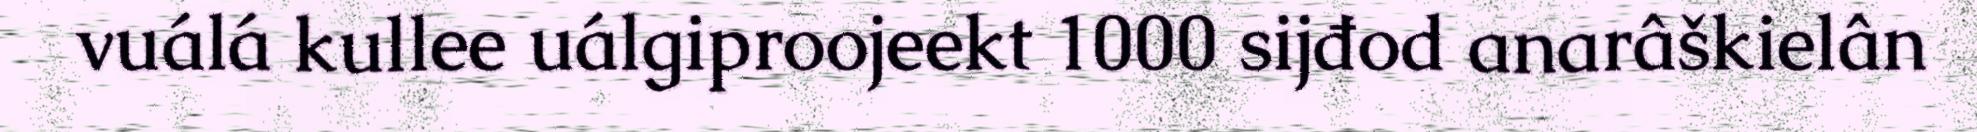
vuálá kullee uálgiproojeekt 1000 sijđod anarâškielân